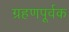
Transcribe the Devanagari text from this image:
ग्रहणपूर्वक